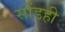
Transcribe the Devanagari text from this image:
सोंडही